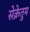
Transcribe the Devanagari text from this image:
सेक्रेतुम